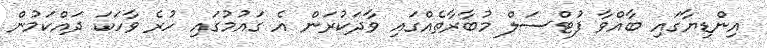
އިންޑިޔާގައި ބާއްވާ ފުޓްސަލް މުބާރާތެއްގައި ވާދަކުރަން އެ ގައުމުގައި ހުރެ ވާހަކަ ދައްކަމުން